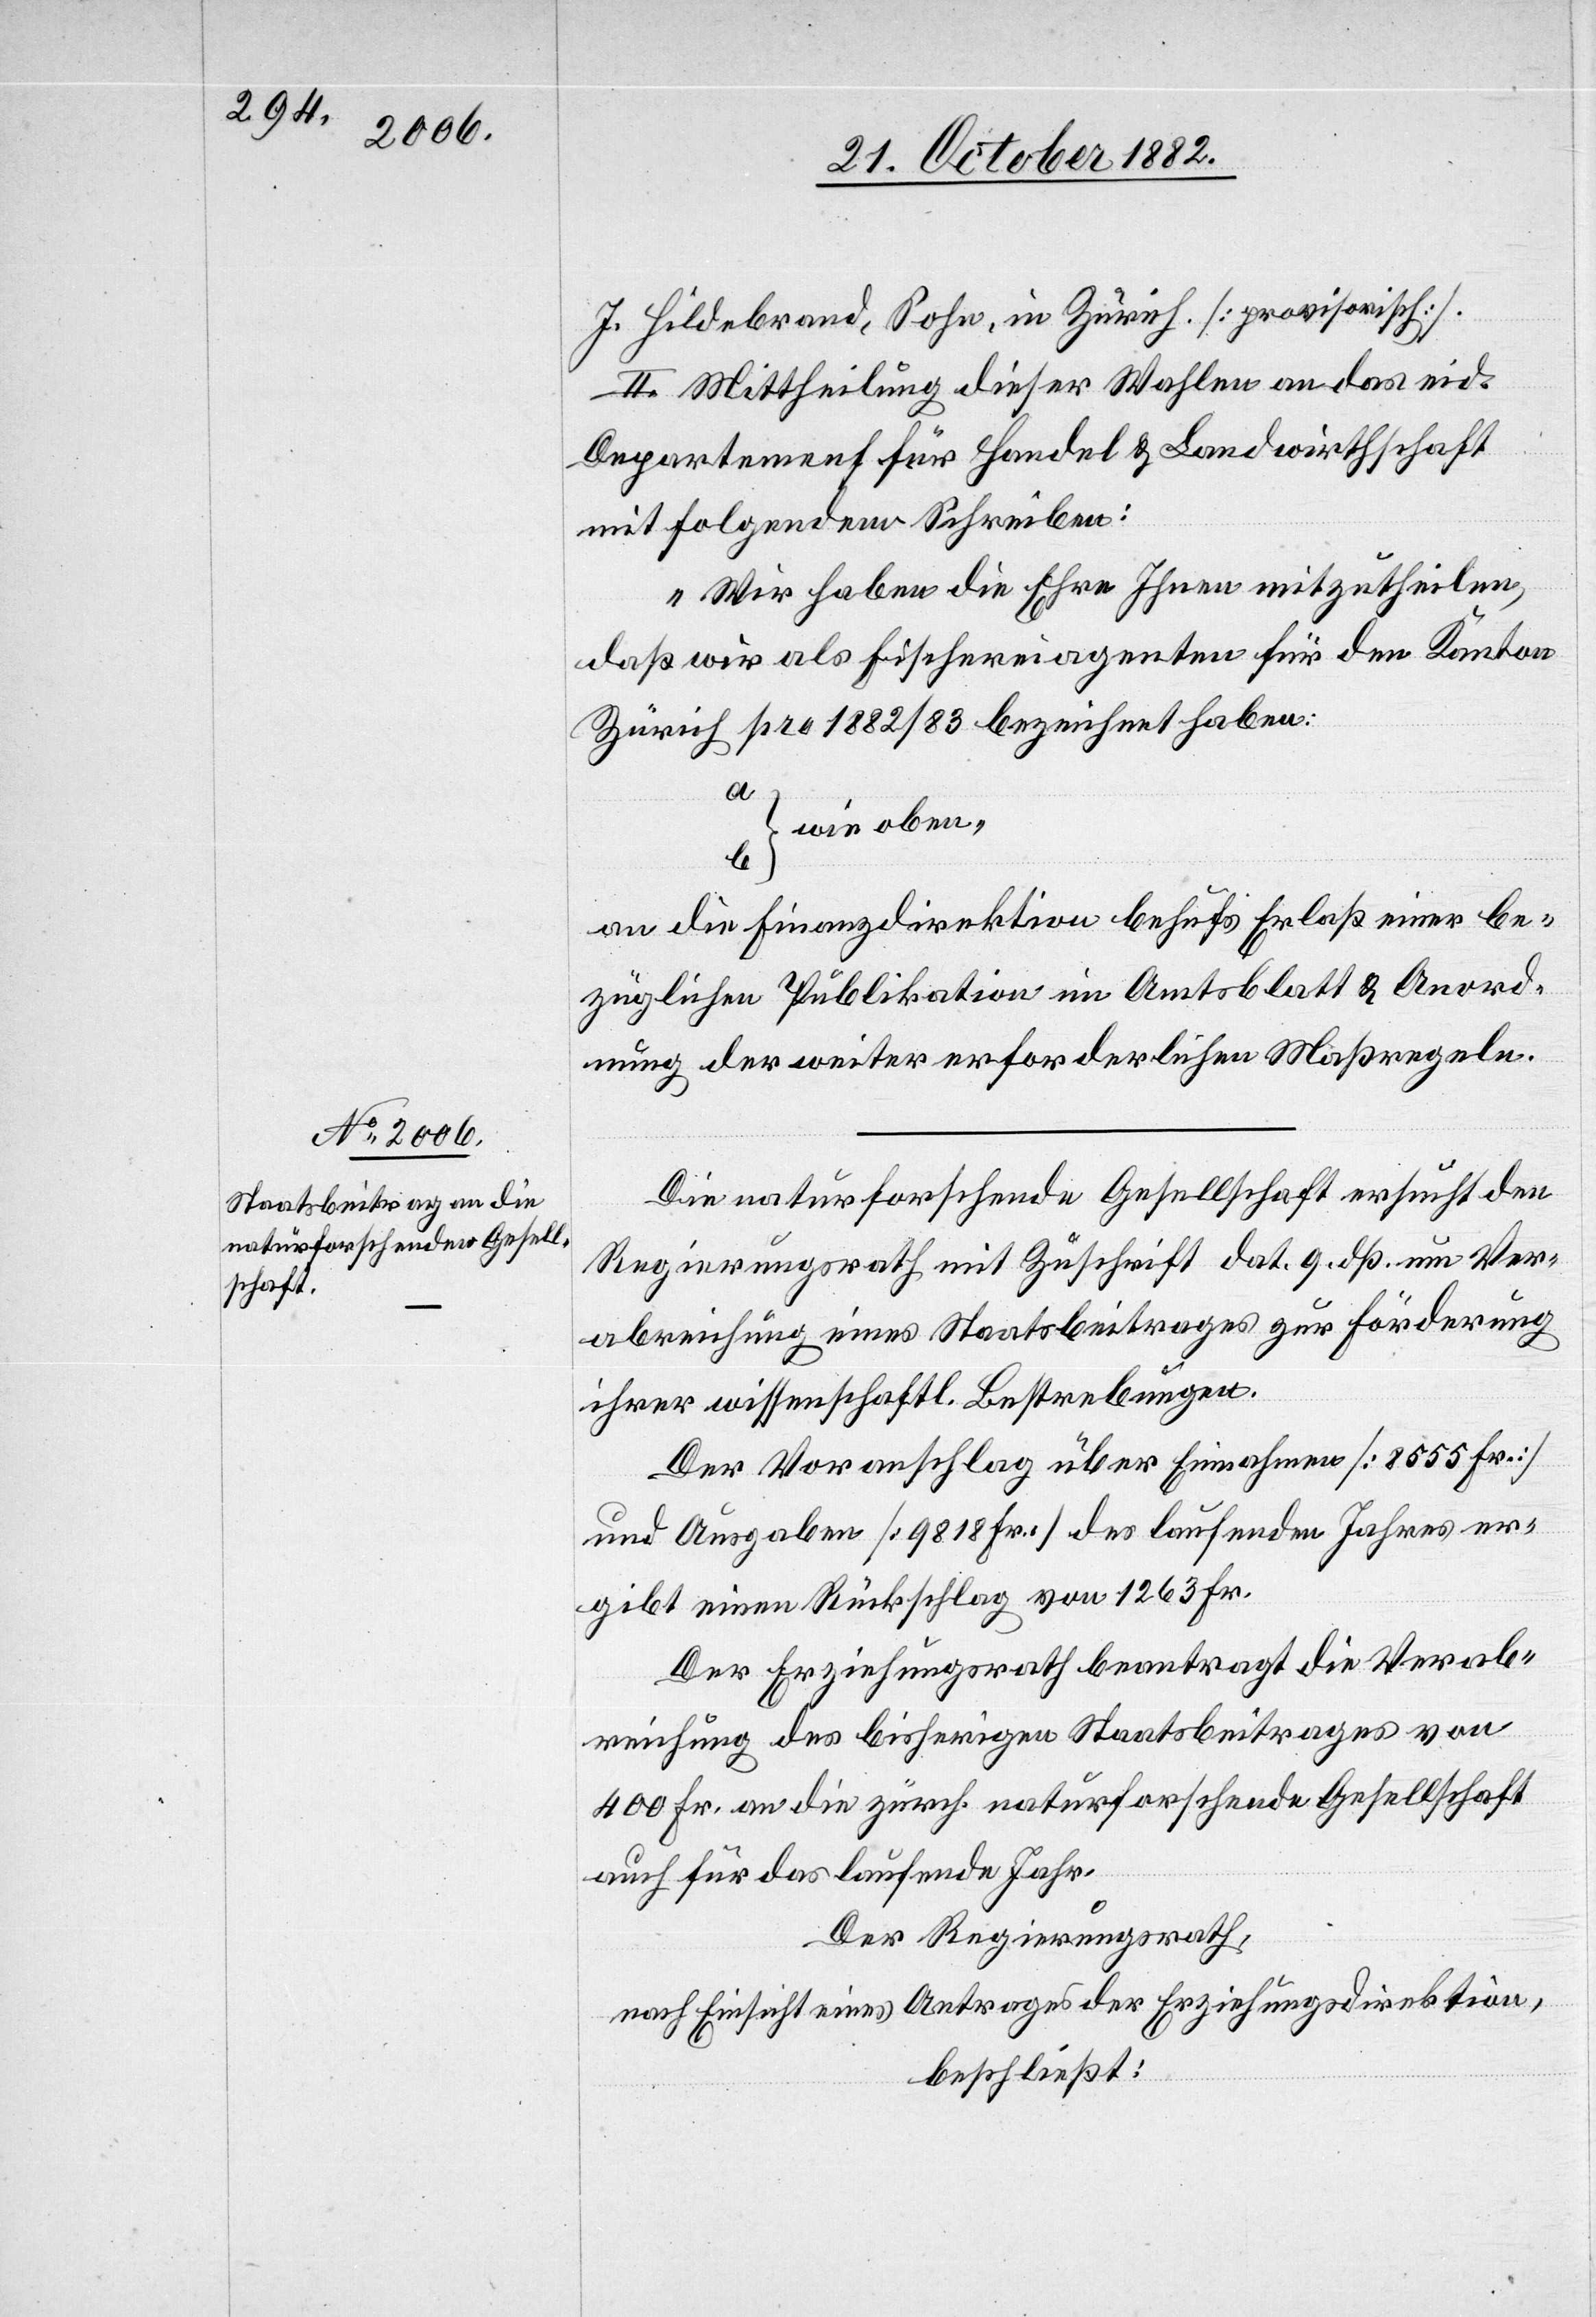
J. Hildebrand, Sohn, in Zürich [provisorisch].
II. Mittheilung dieser Wahlen an das eid.
Departement für Handel & Landwirthschaft
mit folgendem Schreiben:
„Wir haben die Ehre Ihnen mitzutheilen,
daß wir als Fischereiagenten für den Kanton
Zürich pro 1882/83 bezeichnet haben:
a
wie oben“
b
an die Finanzdirektion behufs Erlaß einer be¬
züglichen Publikation im Amtsblatt & Anord¬
nung der weiter erforderlichen Maßregeln.
Die naturforschende Gesellschaft ersucht den
Regierungsrath mit Zuschrift dat. 9. dß. um Ver¬
abreichung eines Staatsbeitrages zur Förderung
ihrer wissenschaftl. Bestrebungen.
Der Voranschlag über Einnahmen [8555 Fr.]
und Ausgaben [9818 Fr.] des laufenden Jahres er¬
gibt einen Rückschlag von 1263 Fr.
Der Erziehungsrath beantragt die Verab¬
reichung des bisherigen Staatsbeitrages von
400 Fr. an die zürch. naturforschende Gesellschaft
auch für das laufende Jahr.
Der Regierungsrath,
nach Einsicht eines Antrages der Erziehungsdirektion,
beschließt: